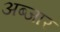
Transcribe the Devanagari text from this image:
अब्जार